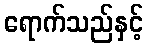
ရောက်သည်နှင့်